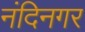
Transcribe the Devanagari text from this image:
नंदिनगर